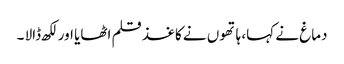
دماغ نے کہا، ہاتھوں نے کاغذ قلم اٹھایا اور لکھ ڈالا ۔